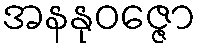
အနနုဝဇ္ဇော